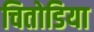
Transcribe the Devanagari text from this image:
चितोडिया